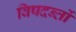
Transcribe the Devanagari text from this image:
विषदन्तों